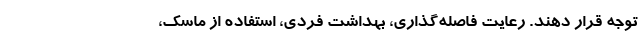
توجه قرار دهند. رعایت فاصله‌گذاری، بهداشت فردی، استفاده از ماسک،